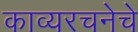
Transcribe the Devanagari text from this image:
काव्यरचनेचे